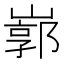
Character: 𡻙